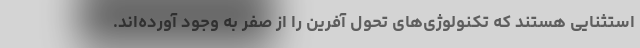
استثنایی هستند که تکنولوژی‌های تحول آفرین را از صفر به وجود آورده‌اند.